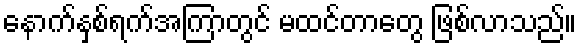
နောက်နှစ်ရက်အကြာတွင် မထင်တာတွေ ဖြစ်လာသည်။